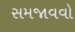
સમજાવવો